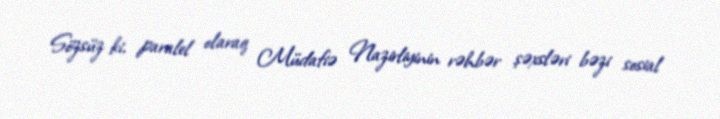
Sözsüz ki, paralel olaraq Müdafiə Nazirliyinin rəhbər şəxsləri bəzi sosial